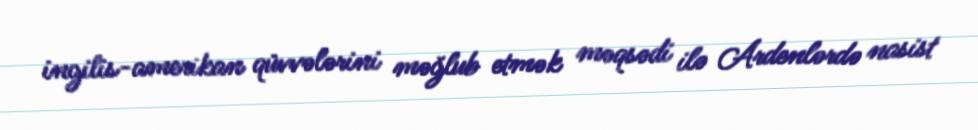
ingilis-amerikan qüvvələrini məğlub etmək məqsədi ilə Ardenlərdə nasist